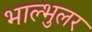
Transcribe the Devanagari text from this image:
भाल्भुलर